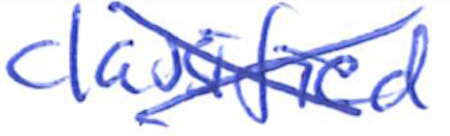
Text: classified
Cross-out: mix
Writing tool: ballpoint